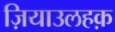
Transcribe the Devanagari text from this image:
ज़ियाउलहक़